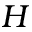
\boldsymbol { H }